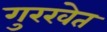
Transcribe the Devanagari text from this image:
गुरखेत